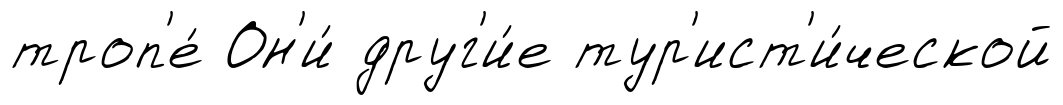
троп'е́ Он'и́ друг'и́е тур'ист'и́ческой